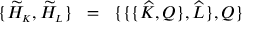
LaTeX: \{ \widetilde { \cal H } _ { \scriptscriptstyle K } , \widetilde { \cal H } _ { \scriptscriptstyle L } \} \; \; = \; \; \{ \{ \{ \widehat { K } , Q \} , \widehat { L } \} , Q \}